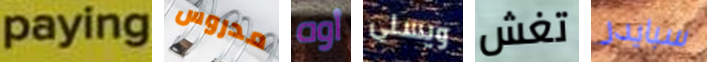
paying مدروس أوه ويسلى تغش سبايدر